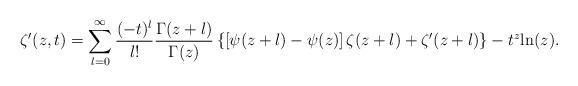
LaTeX: \begin{align*}\zeta'(z,t)=\sum_{l=0}^\infty\frac{(-t)^l}{l!}\frac{\Gamma(z+l)}{\Gamma(z)}\left\{\left[\psi(z+l)-\psi(z)\right]\zeta(z+l)+\zeta'(z+l)\right\}-t^z {\rm ln}(z).\end{align*}